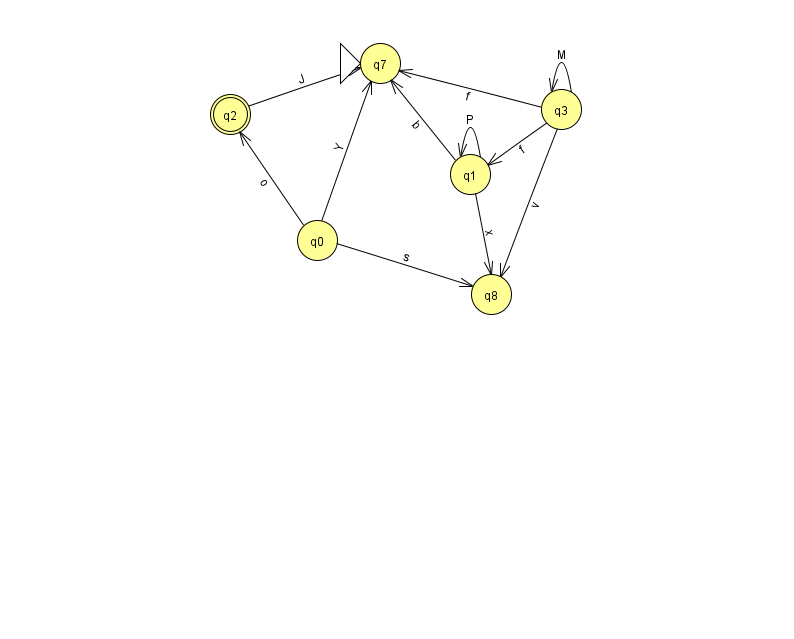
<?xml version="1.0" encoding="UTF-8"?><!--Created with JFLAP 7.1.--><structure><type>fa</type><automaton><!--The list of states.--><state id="0" name="q0"><x>317.0</x><y>227.0</y></state><state id="1" name="q1"><x>470.0</x><y>161.0</y></state><state id="2" name="q2"><x>230.0</x><y>101.0</y><final/></state><state id="3" name="q3"><x>561.0</x><y>96.0</y></state><state id="7" name="q7"><x>380.0</x><y>50.0</y><initial/></state><state id="8" name="q8"><x>491.0</x><y>281.0</y></state><!--The list of transitions.--><transition><from>1</from><to>1</to><read>P</read></transition><transition><from>1</from><to>8</to><read>x</read></transition><transition><from>2</from><to>7</to><read>J</read></transition><transition><from>3</from><to>1</to><read>f</read></transition><transition><from>0</from><to>2</to><read>o</read></transition><transition><from>0</from><to>8</to><read>s</read></transition><transition><from>0</from><to>7</to><read>Y</read></transition><transition><from>3</from><to>7</to><read>f</read></transition><transition><from>1</from><to>7</to><read>b</read></transition><transition><from>3</from><to>3</to><read>M</read></transition><transition><from>3</from><to>8</to><read>v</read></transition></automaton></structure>